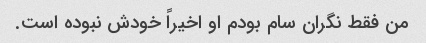
من فقط نگران سام بودم او اخیراً خودش نبوده است.